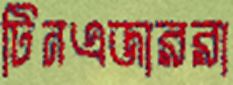
টিনএজাররা